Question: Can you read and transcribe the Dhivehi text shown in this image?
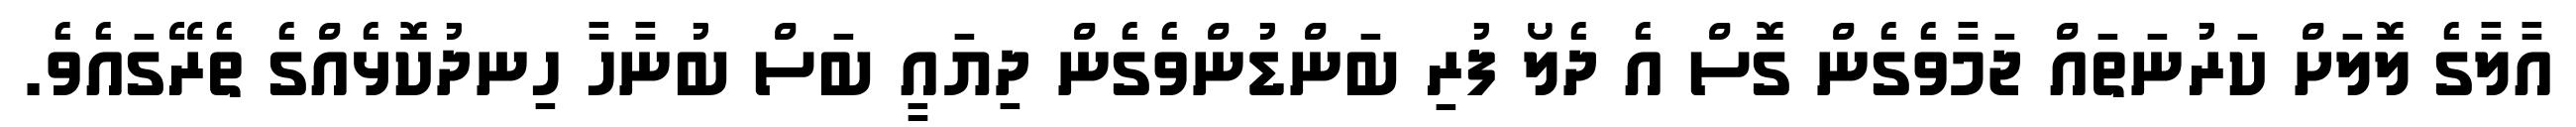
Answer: އާލާގެ ލޮލަށް ކަރުނަތައް ޖަމާވެގެން ގޮސް އެ ދެލޯ ފުރި ބަންޑުންވެގެން ދިޔައީ ބަސް ބުނާހާ ހިނދުކޮޅެއްގެ ތެރޭގައެވެ.